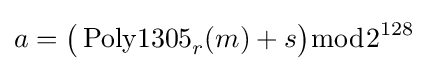
a={\bigl (}\operatorname {Poly1305} _{r}(m)+s{\bigr )}{\bmod {2}}^{128}